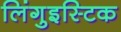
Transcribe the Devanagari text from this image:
लिंगुइस्टिक